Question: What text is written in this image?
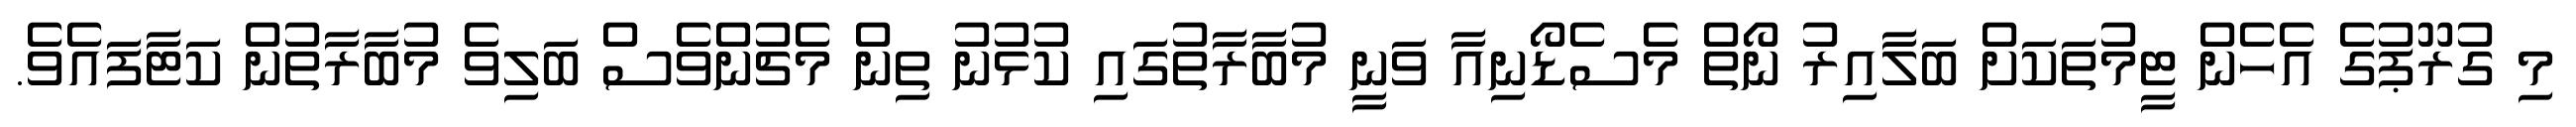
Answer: މި ގުރޫޕުގެ އެހެން ޓީމުތަކަށް ބަލާއިރު ނޯތް މެސެޑޯނިއާ ވަނީ މުބާރާތުގައި ކުޅުނު ތިން މެޗުންވެސް ބަލިވެ މުބާރާތުން ކަޓާފައެވެ.